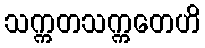
သက္ကတသက္ကတေဟိ